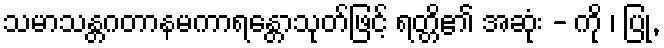
သမာသန္တဂတာနမကာရန္တောသုတ်ဖြင့် ရတ္တိ၏ အဆုံး - ကို ၊ ပြု,